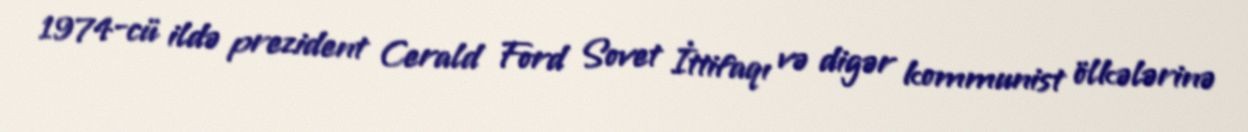
1974-cü ildə prezident Cerald Ford Sovet İttifaqı və digər kommunist ölkələrinə